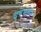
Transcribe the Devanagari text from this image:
वृषभसेन